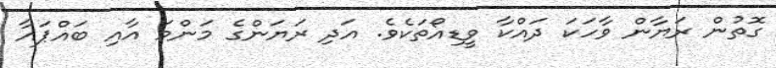
ގޮތުން ރަޔާން ވާހަކަ ދައްކާ ވީޑިއޯތަކެވެ. އަދި ރަޔަންގެ މަންމަ އާއި ބައްޕައާ